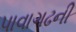
પાવાગઢની